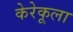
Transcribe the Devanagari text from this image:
केरेकूला